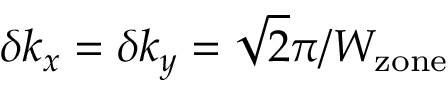
\delta k _ { x } = \delta k _ { y } = \sqrt { 2 } \pi / W _ { \mathrm { z o n e } }